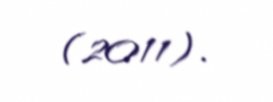
(2011).